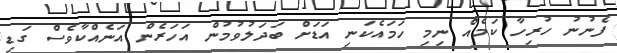
ފެނުނު ހުރިހާ ކަމެއް ނިމި ހަމައެކަނި އަޑަށް ބަދަލުވުމުން އަހަރެން އަނެއްކާވެސް ގަޑި